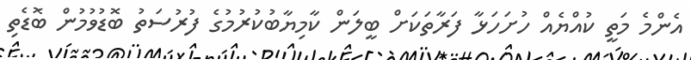
އެންމެ މަތީ ކުއްޔެއް ހުށަހަޅާ ފަރާތަކަށް ބީލަން ކާމިޔާބުކުރުމުގެ ފުރުސަތު ބޮޑުވުމުން ބޮޑެތި